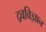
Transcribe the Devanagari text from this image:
द्रवविज्ञान